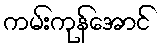
ကမ်းကုန်အောင်